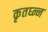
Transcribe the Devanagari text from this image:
कृतघ्न्न